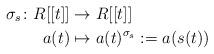
LaTeX: \begin{align*}\sigma_s \colon R[[t]] & \rightarrow R[[t]] \\a(t) & \mapsto a(t)^{\sigma_{s}}:=a(s(t))\end{align*}